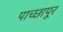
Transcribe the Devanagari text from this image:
पाच्छापूर